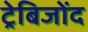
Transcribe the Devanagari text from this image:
ट्रेबिजोंद